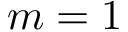
m = 1